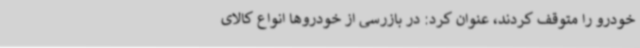
خودرو را متوقف کردند، عنوان کرد: در بازرسی از خودروها انواع کالای